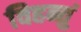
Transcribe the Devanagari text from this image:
विहन्तुं